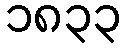
၁၈၃၃